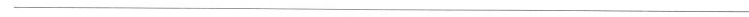
___